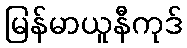
မြန်မာယူနီကုဒ်